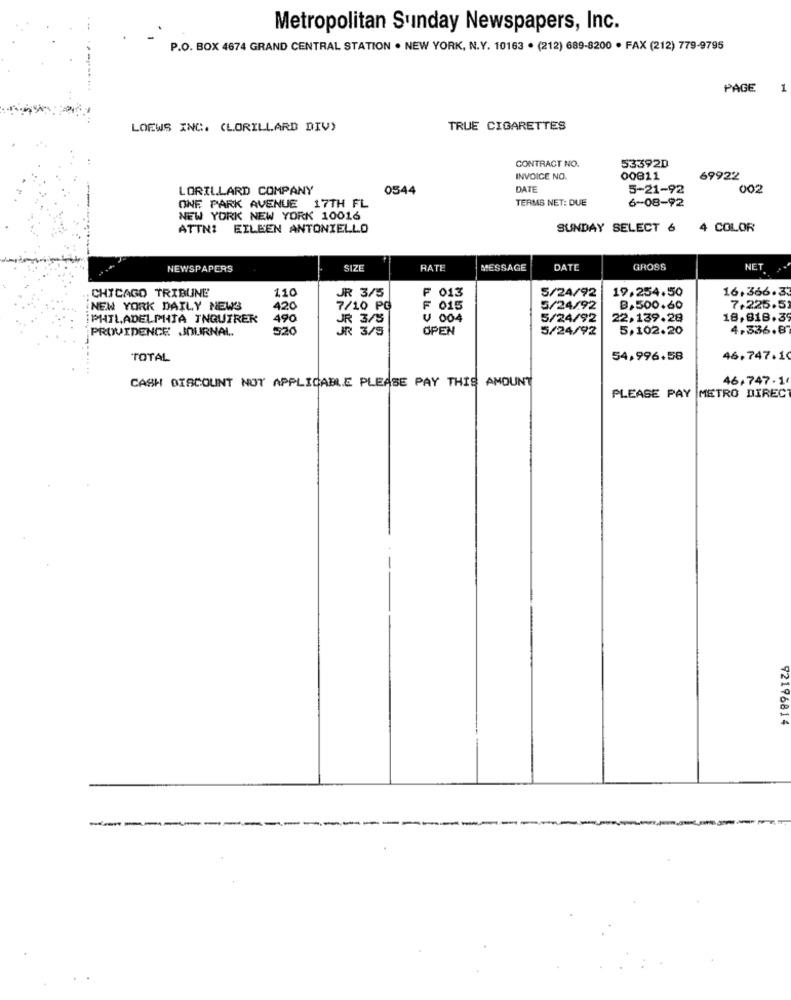
Metropolitan Sunday Newspapers, Inc.
P.O. BOX 4674 GRAND CENTRAL STATION . NEW YORK, N.Y. 10163 . (212) 689-8200 · FAX (212) 779-9795
PAGE
1
LOEWS INC. (LORILLARD DIV)
TRUE CIGARETTES
CONTRACT NO.
53392D
INVOICE NO.
00811
69922
LORILLARD COMPANY
0544
DATE
5-21-92
002
TERMS NET: DUE
ONE PARK AVENUE 17TH FL
6-08-92
NEW YORK NEW YORK 10016
ATTNI EILEEN ANTONIELLO
SUNDAY SELECT 6 4 COLOR
NEWSPAPERS
SIZE
RATE
MESSAGE
DATE
GROSS
NET
CHICAGO TRIBUNE
110
F 013
5/24/92
19.254.50
16.366.3
JR 3/5
NEW YORK DAILY NEWS
420
7/10 PO
F 015
5/24/92
B,500.60
7,225.5
PHILADELPHIA INQUIRER
490
JR 3/5
V 004
5/24/92
22.139.28
18,818.39
PROVIDENCE JOURNAL.
526
JR 3/5
OPEN
5/24/92
5,102.20
4.336.87
TOTAL
54,996.58
46,747.14
46,747-1
CASH DISCOUNT NOT APPLICABLE PLEASE PAY THIS AMOUNT
PLEASE PAY METRO DIREC
92196814
--